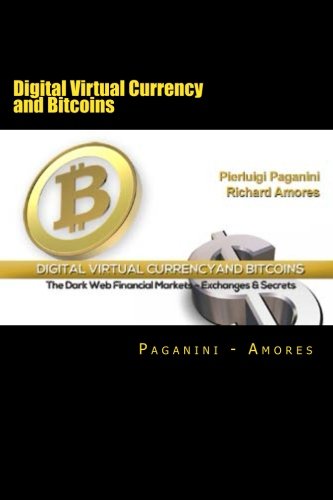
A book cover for Digital Virtual Currency and Bitcoins: The Dark Web Financial Markets - Exchanges & Secrets; Richard Amores; Computers & Technology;